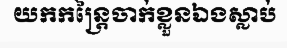
យកកន្ត្រៃចាក់ខ្លួនឯងស្លាប់